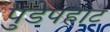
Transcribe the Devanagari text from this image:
पुडेपहाट